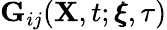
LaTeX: \mathbf{G}_{ij}(\mathbf{X},t;\pmb{\xi},\tau)